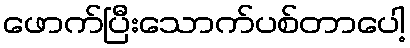
ဖောက်ပြီးသောက်ပစ်တာပေါ့